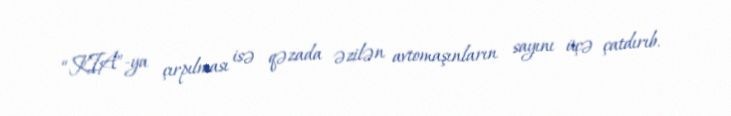
“KIA”-ya çırpılması isə qəzada əzilən avtomaşınların sayını üçə çatdırıb.